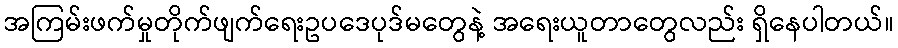
အကြမ်းဖက်မှုတိုက်ဖျက်ရေးဥပဒေပုဒ်မတွေနဲ့ အရေးယူတာတွေလည်း ရှိနေပါတယ်။